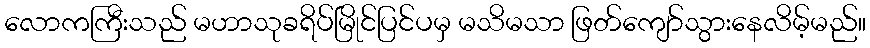
လောကကြီးသည် မဟာသုခရိပ်မြိုင်ပြင်ပမှ မသိမသာ ဖြတ်ကျော်သွားနေလိမ့်မည်။